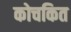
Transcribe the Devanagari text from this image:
कोचकित